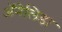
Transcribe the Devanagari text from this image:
ॲनेलिडा